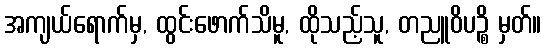
အကျယ်ရောက်မှ, ထွင်းဖောက်သိမူ, ထိုသည့်သူ, တညူဝိပဉ္စိ မှတ်။